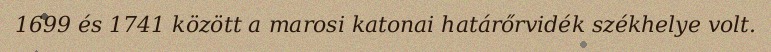
1699 és 1741 között a marosi katonai határőrvidék székhelye volt.